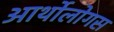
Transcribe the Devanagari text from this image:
आर्थोलोगस